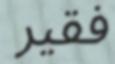
فقير